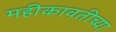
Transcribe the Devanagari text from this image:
महीकावतीच्या